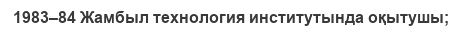
1983–84 Жамбыл технология институтында оқытушы;